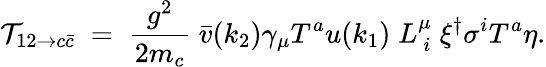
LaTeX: {\cal T}_{12\to c\bar{c}}\; =\; {\frac{g^{2}}{2m_{c}}}\; {\bar{v}}(k_{2})\gamma_{\mu}T^{a}u(k_{1})\; L_{\ i}^{\mu}\; \xi^{\dagger}\sigma^{i}T^{a}\eta.